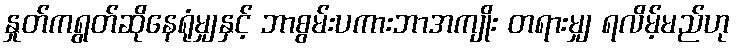
နှုတ်ကရွတ်ဆိုနေရုံမျှနှင့် ဘာစွမ်းပကားဘာအကျိုး တရားမျှ ရလိမ့်မည်ဟု